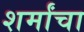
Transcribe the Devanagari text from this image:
शर्मांचा